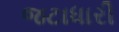
જટાધારી